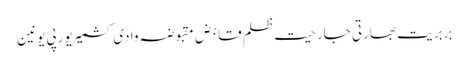
بربریت بھارتی جارحیت ظلم قابض مقبوضہ وادی کشمیر یورپی یونین